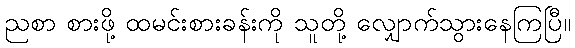
ညစာ စားဖို့ ထမင်းစားခန်းကို သူတို့ လျှောက်သွားနေကြပြီ။